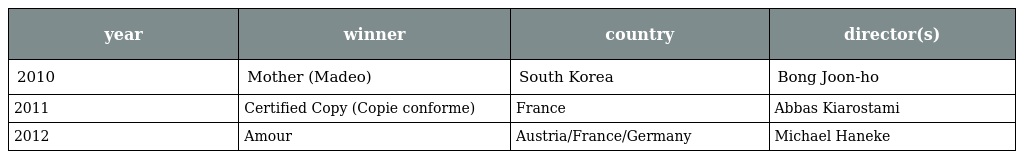
| year | winner | country | director(s) |
 | --- | --- | --- | --- |
 | 2010 | Mother (Madeo) | South Korea | Bong Joon-ho |
 | 2011 | Certified Copy (Copie conforme) | France | Abbas Kiarostami |
 | 2012 | Amour | Austria/France/Germany | Michael Haneke |